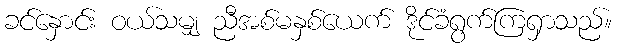
ခင်နှောင်း ဝယ်သမျှ ညီအစ်မနှစ်ယေက် ဒိုင်ခံရွက်ကြရှာသည်။